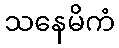
သနေမိကံ